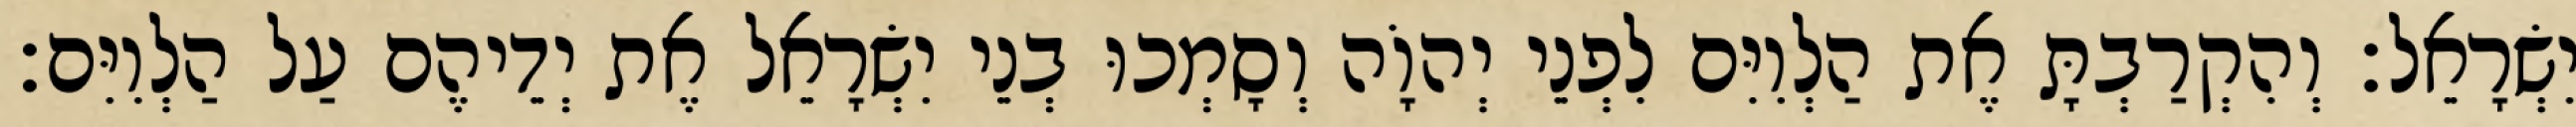
יִשְׂרָאֵל׃ וְהִקְרַבְתָּ אֶת הַלְוִיִּם לִפְנֵי יְהוָֹה וְסָמְכוּ בְנֵי יִשְׂרָאֵל אֶת יְדֵיהֶם עַל הַלְוִיִּם׃